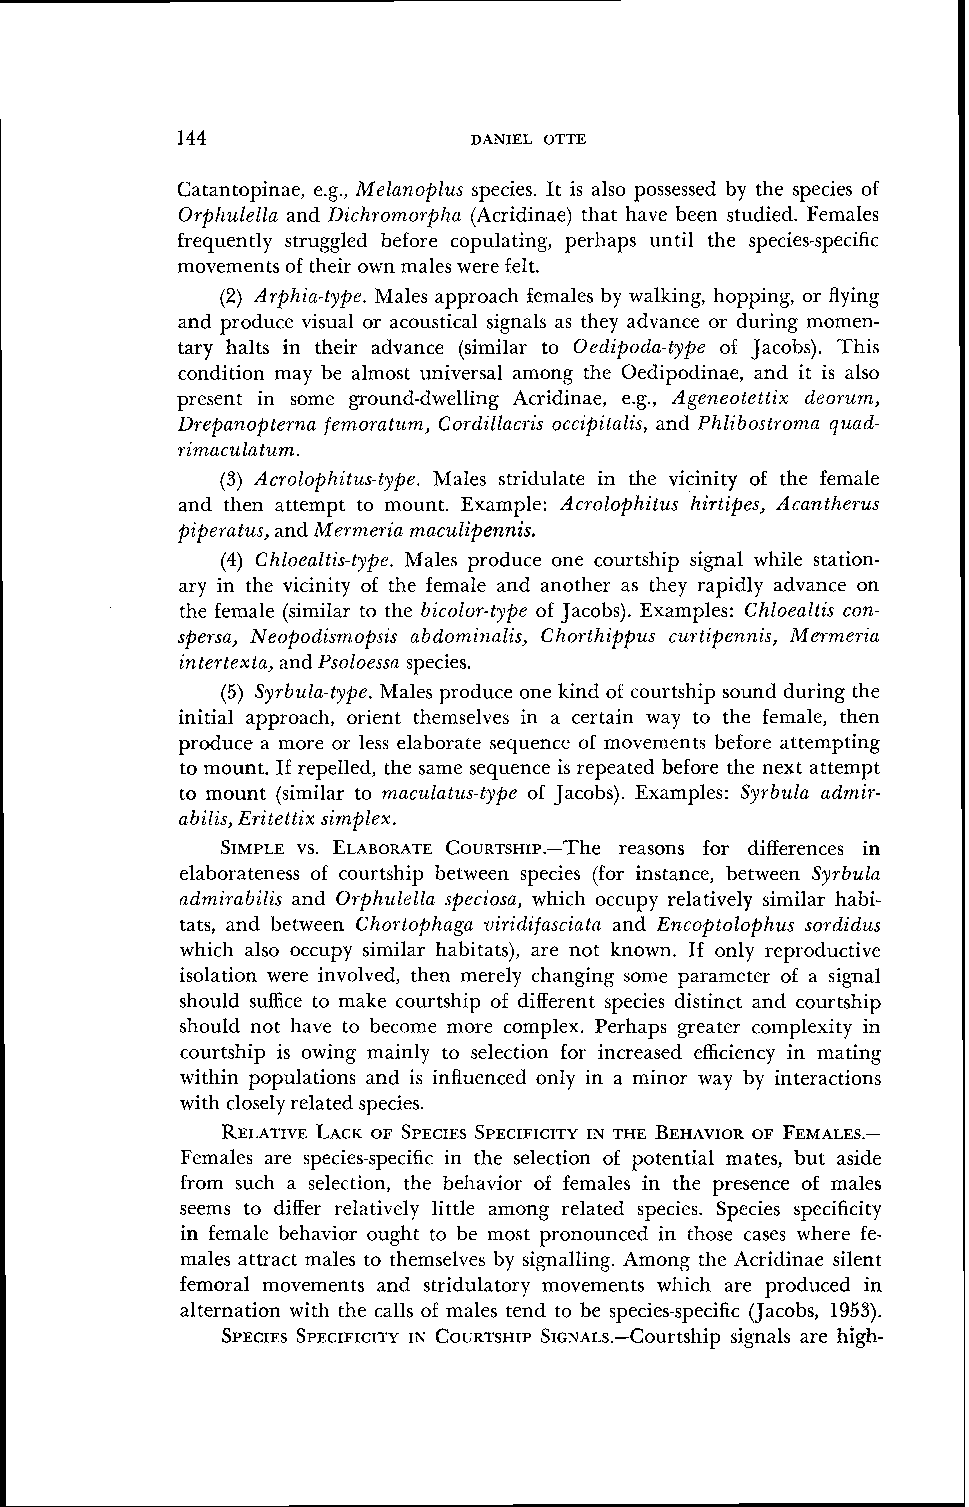
144                DANIEL OTTE
 Catantopinae, e.g., fMelanoplus species. It is also possessed by the species of
 Orphulella and Dichromorpha (Acridinae) that have been studied. Females
 frequently struggled before copulating, perhaps until the species-specific
 movements of their own males were felt.
 (2) Arphia-type. Males approach females by walking, hopping, or flying
 and produce visual or acoustical signals as they advance or during momen-
 tary halts in their advance (similar to Oedipoda-type of Jacobs). This
 condition may be almost universal among the Oedipodinae, and it is also
 present in some ground-dwelling Acridinae, e.g., Ageneotettix deorum,
 Drepanopterna femoratzlm, Cordillacris occipitalis, and Phlibostroma quad-
 rimaculatum.
 (3) Acrolophitz~s-type.M ales stridulate in the vicinity of the female
 and then attempt to mount. Example: Acrolophitus hirtipes, Acantherus
 piperatus, and Merrt~eriam aculipennis.
 (4) Chloealtis-type. Males produce one courtship signal while station-
 ary in the vicinity of the female and another as they rapidly advance on
 the female (similar to the bicolor-type of Jacobs). Examples: Chloealtis con-
 spersa, Neopodismopsis abdomi~zalis,C horthippus curtipen~zis,M ermeria
 intertexta, and Psoloessa species.
 (5) Syrbula-type. Males produce one kind of courtship sound during the
 initial approach, orient themselves in a certain way to the female, then
 produce a more or less elaborate sequence of movements before attempting
 to mount. If repelled, the same sequence is repeated before the next attempt
 to mount (similar to maculatt~s-typeo f Jacobs). Examples: Syrbula admir-
 abilis, Eritettix simplex.
 SIMPLEv S. EI~ARORACTEO URTSIIIP.-T~re~a sons for differences in
 elaborateness of courtship between species (for instance, between Syrbula
 admirabilis and OrphzLlella speciosa, which occupy relatively similar habi-
 tats, and between Chortophaga viridifasciata and Encoptolophus sordidus
 which also occupy similar habitats), are not known. If only reproductive
 isolation were involved, then merely changing some parameter of a signal
 should suffice to make courtship of different species distinct and courtship
 should not have to become more complex. Perhaps greater complexity in
 courtship is owing mainly to selection for increased efficiency in mating
 within populations and is influenced only in a minor way by interactions
 with closely related species.
 RELATIVLEA CKO F SPECIESS PECIFICITINY THE BEHAVIOORF FEMALES.-
 Females are species-specific in the selection of potential mates, but aside
 from such a selection, the behavior of females in the presence of males
 seems to differ relatively little among related species. Species specificity
 in female behavior ought to be most pronounced in those cases where fe-
 males attract males to themselves by signalling. Among the Acridinae silent
 femoral movements and stridulatory movements which are produced in
 alternation with the calls of males tend to be species-specific (Jacobs, 1953).
 SPECIESS PECIFICITIYN COURTSHISPI ~N~L~.-Courtshispig nals are high-